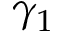
\gamma _ { 1 }